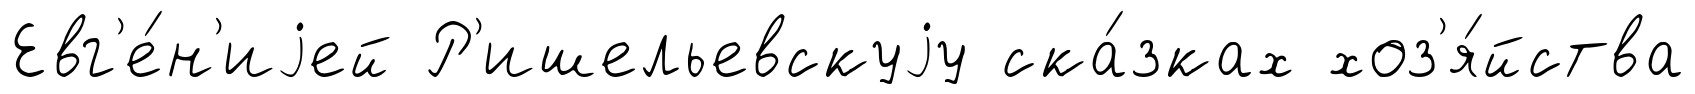
Евг'е́н'иjей Р'ишельевскуjу ска́зках хоз'я́йства